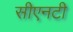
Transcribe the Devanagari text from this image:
सीएनटी